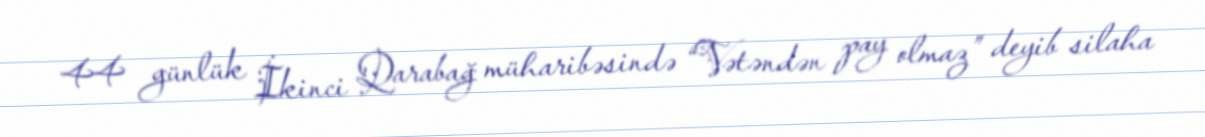
44 günlük İkinci Qarabağ müharibəsində “Vətəndən pay olmaz” deyib silaha